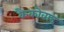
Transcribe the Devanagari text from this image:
कैकोवाद